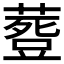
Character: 𮐾